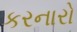
કરનારો